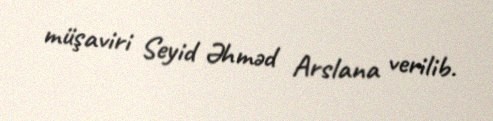
müşaviri Seyid Əhməd Arslana verilib.